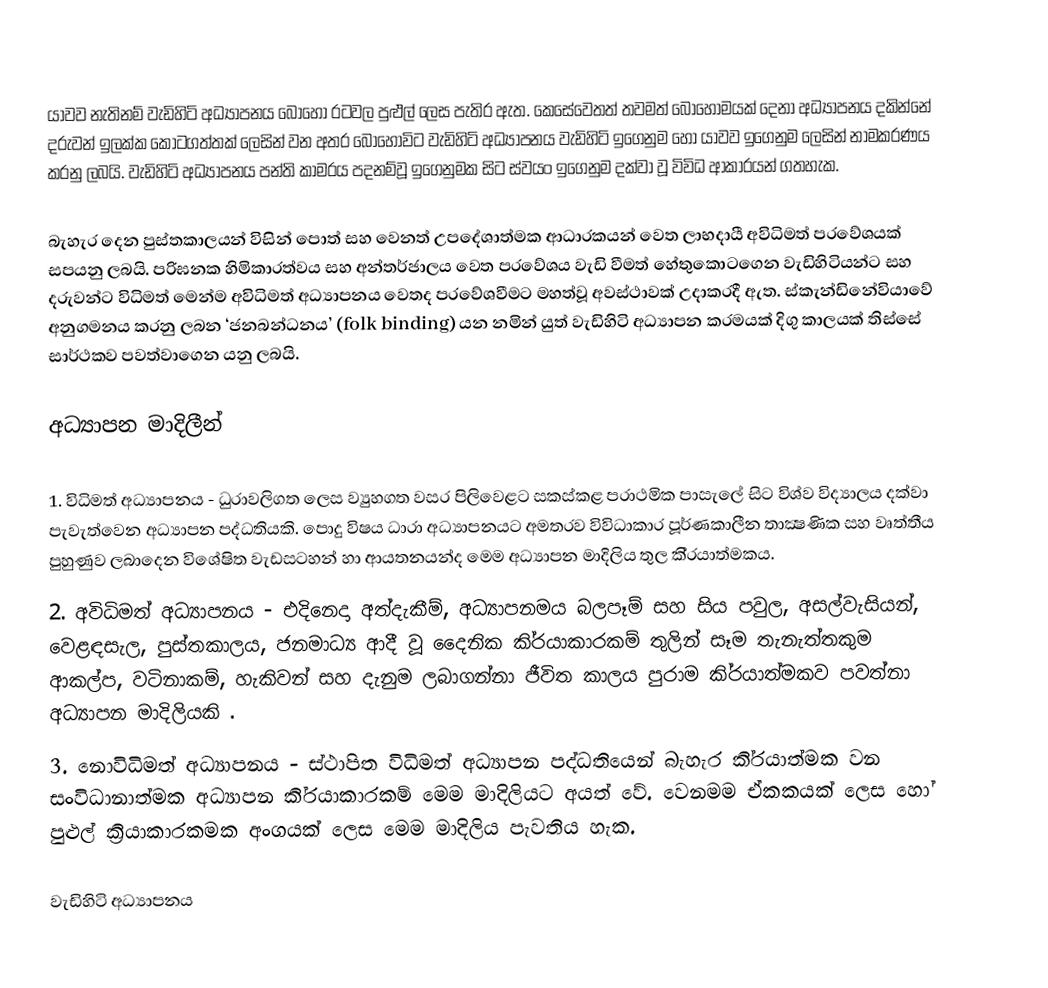
යාවව නැතිනම් වැඩිහිටි අධ්‍යාපනය බොහෝ රටවල පුළුල් ලෙස පැතිර ඇත. කෙසේවෙතත් තවමත් බොහොමයක් දෙනා අධ්‍යාපනය දකින්නේ දරුවන් ඉලක්ක කොටගත්තක් ලෙසින් වන අතර බොහෝවිට වැඩිහිටි අධ්‍යාපනය වැඩිහිටි ඉගෙනුම හෝ යාවව ඉගෙනුම ලෙසින් නාමකරණය කරනු ලබයි. වැඩිහිටි අධ්‍යාපනය පන්ති කාමරය පදනම්වූ ඉගෙනුමක සිට ස්වයං ඉගෙනුම දක්වා වූ විවිධ ආකාරයන් ගතහැක.

බැහැර දෙන පුස්තකාලයන් විසින් පොත් සහ වෙනත් උපදේශාත්මක ආධාරකයන් වෙත ලාභදායී අවිධිමත් ප‍්‍රවේශයක් සපයනු ලබයි. පරිඝනක හිමිකාරත්වය සහ අන්තර්ජාලය වෙත ප‍්‍රවේශය වැඩි වීමත් හේතුකොටගෙන වැඩිහිටියන්ට සහ දරුවන්ට විධිමත් මෙන්ම අවිධිමත් අධ්‍යාපනය වෙතද ප‍්‍රවේශවීමට මහත්වූ අවස්ථාවක් උදාකරදී ඇත. ස්කැන්ඩිනේවියාවේ අනුගමනය කරනු ලබන ‘ජනබන්ධනය’ (folk binding)  යන නමින් යුත් වැඩිහිටි අධ්‍යාපන ක‍්‍රමයක් දිගු කාලයක් තිස්සේ සාර්ථකව පවත්වාගෙන යනු ලබයි.

අධ්‍යාපන මාදිලීන්

1. විධිමත් අධ්‍යාපනය -  ධුරාවලිගත ලෙස ව්‍යුහගත වසර පිලිවෙළට සකස්කළ ප‍්‍රාථමික පාසැලේ සිට විශ්ව විද්‍යාලය දක්වා පැවැත්වෙන අධ්‍යාපන පද්ධතියකි. පොදු විෂය ධාරා අධ්‍යාපනයට අමතරව විවිධාකාර පූර්ණකාලීන තාක්‍ෂණික සහ වෘත්තීය පුහුණුව ලබාදෙන විශේෂිත වැඩසටහන් හා ආයතනයන්ද මෙම අධ්‍යාපන මාදිලිය තුල කි‍්‍රයාත්මකය.
2. අවිධිමත් අධ්‍යාපනය - එදිනෙදා අත්දැකීම්, අධ්‍යාපනමය බලපෑම් සහ සිය පවුල, අසල්වැසියන්, වෙළඳසැල, පුස්තකාලය, ජනමාධ්‍ය ආදී වූ දෛනික කි‍්‍රයාකාරකම් තුලින් සෑම තැනැත්තකුම ආකල්ප, වටිනාකම්, හැකිවන් සහ දැනුම ලබාගන්නා ජීවිත කාලය පුරාම කි‍්‍රයාත්මකව පවත්නා අධ්‍යාපන මාදිලියකි .
3. නොවිධිමත් අධ්‍යාපනය - ස්ථාපිත විධිමත් අධ්‍යාපන පද්ධතියෙන් බැහැර කි‍්‍රයාත්මක වන සංවිධානාත්මක අධ්‍යාපන කි‍්‍රයාකාරකම් මෙම මාදිලියට අයත් වේ. වෙනමම ඒකකයක් ලෙස හෝ පුළුල් ක්‍රියාකාරකමක අංගයක් ලෙස මෙම මාදිලිය පැවතිය හැක.

වැඩිහිටි අධ්‍යාපනය